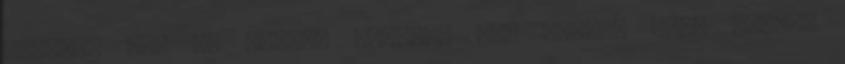
csendül ki, az írását például így zárja: Néha szinte